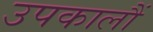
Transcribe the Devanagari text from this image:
उपकालौं